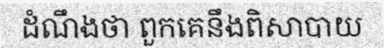
ដំណឹងថា ពួកគេនឹងពិសាបាយ